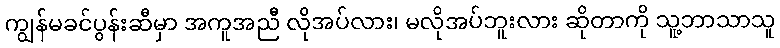
ကျွန်မခင်ပွန်းဆီမှာ အကူအညီ လိုအပ်လား၊ မလိုအပ်ဘူးလား ဆိုတာကို သူ့ဘာသာသူ